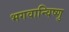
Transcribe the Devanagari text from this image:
भगवान्विष्णु